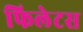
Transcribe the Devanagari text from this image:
फिलेटस